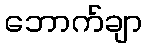
ဘောက်ချာ